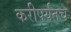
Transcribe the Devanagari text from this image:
करीपर्यंतच